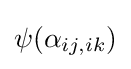
\psi (\alpha _{ij,ik})